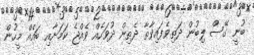
ބުނީ ގޭސް ލިބުން ދަތިވެފައިވާތާ ދެތިން ދުވަހެއް ވެއްޖެ ކަމަށާއި ބައެއް މީހުން